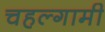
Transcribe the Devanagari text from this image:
चहल्गामी